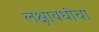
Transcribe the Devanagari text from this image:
लक्षावधीचा